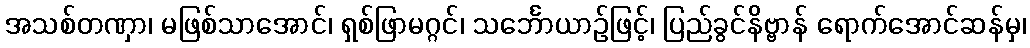
အသစ်တဏှာ၊ မဖြစ်သာအောင်၊ ရှစ်ဖြာမဂ္ဂင်၊ သင်္ဘောယာဉ်ဖြင့်၊ ပြည်ခွင်နိဗ္ဗာန် ရောက်အောင်ဆန်မှ၊